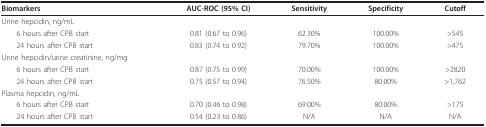
<table><thead><tr><td><b>Biomarkers</b></td><td><b>AUC-ROC (95% CI)</b></td><td><b>Sensitivity</b></td><td><b>Specificity</b></td><td><b>Cutoff</b></td></tr></thead><tbody><tr><td>Urine hepcidin, ng/mL</td><td></td><td></td><td></td><td></td></tr><tr><td> 6 hours after CPB start</td><td>0.81 (0.67 to 0.96)</td><td>62.30%</td><td>100.00%</td><td>&gt;545</td></tr><tr><td> 24 hours after CPB start</td><td>0.83 (0.74 to 0.92)</td><td>79.70%</td><td>100.00%</td><td>&gt;475</td></tr><tr><td>Urine hepcidin/urine creatinine, ng/mg</td><td></td><td></td><td></td><td></td></tr><tr><td> 6 hours after CPB start</td><td>0.87 (0.75 to 0.99)</td><td>70.00%</td><td>100.00%</td><td>&gt;2820</td></tr><tr><td> 24 hours after CPB start</td><td>0.75 (0.57 to 0.94)</td><td>76.50%</td><td>80.00%</td><td>&gt;1,762</td></tr><tr><td>Plasma hepcidin, ng/mL</td><td></td><td></td><td></td><td></td></tr><tr><td> 6 hours after CPB start</td><td>0.70 (0.46 to 0.98)</td><td>69.00%</td><td>80.00%</td><td>&gt;175</td></tr><tr><td> 24 hours after CPB start</td><td>0.54 (0.23 to 0.86)</td><td>N/A</td><td>N/A</td><td>N/A</td></tr></tbody></table>